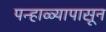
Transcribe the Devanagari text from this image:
पन्हाळ्यापासून